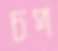
চপ